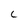
Character: C